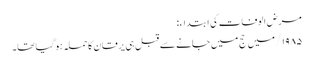
مرض الوفات کی ابتداء:
۱۹۸۵/ میں حج میں جانے سے قبل ہی یرقان کاحملہ ہوگیا تھا۔